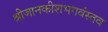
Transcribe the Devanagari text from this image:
श्रीजानकीशभगवंस्तव